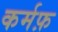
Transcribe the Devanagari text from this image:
कर्मफ़